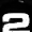
Digit: 2